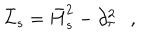
\bar { L } _ { s } = \bar { H } _ { s } ^ { 2 } - \partial _ { \tau } ^ { 2 } ,